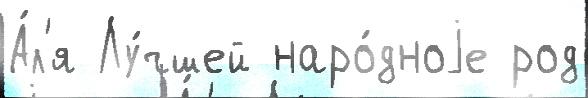
А́л'я Лу́чшей наро́дноjе род